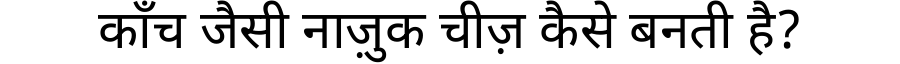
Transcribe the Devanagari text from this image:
काँच जैसी नाज़ुक चीज़ कैसे बनती है?